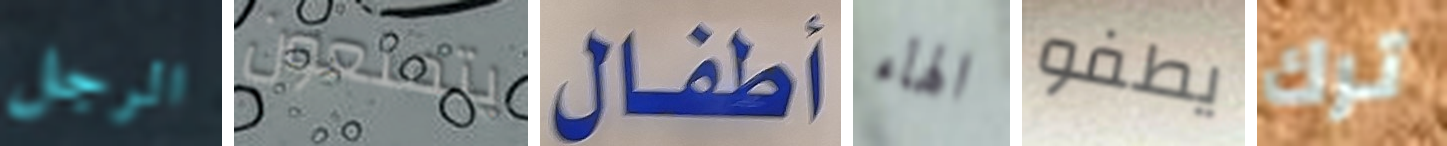
الرجل يتمتعون أطفال الهاء يطفو ترك